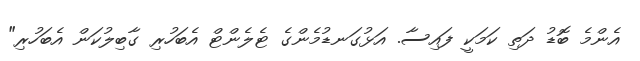
އެންމެ ބޮޑު ދަތި ކަމަކީ ފައިސާ. އަޅުގަނޑުމެންގެ ޓެލެންޓް އެބަހުރި ގާބިލުކަން އެބަހުރި"